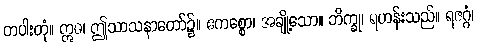
တပါးတုံ။ ဣဓ၊ ဤသာသနာတော်၌။ ဧကစ္စော၊ အချို့သော။ ဘိက္ခု၊ ရဟန်းသည်။ ရဇဂ္ဂံ၊